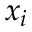
x _ { i }